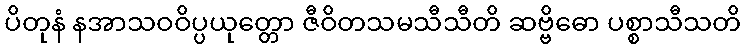
ပိတုနံ နအာသဝဝိပ္ပယုတ္တော ဇီဝိတသမသီသီတိ ဆဗ္ဗိဓော ပစ္စာသီသတိ